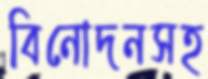
বিনোদনসহ